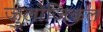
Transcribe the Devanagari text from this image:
जुलोजिकल